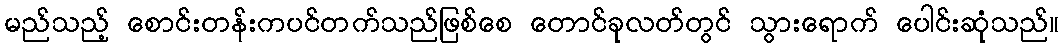
မည်သည့် စောင်းတန်းကပင်တက်သည်ဖြစ်စေ တောင်ခုလတ်တွင် သွားရောက် ပေါင်းဆုံသည်။